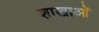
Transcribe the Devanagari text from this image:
शाखाआें